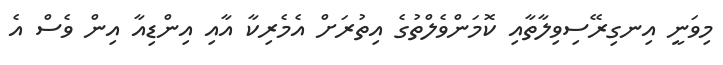
މިވަނީ އިނގިރޭސިވިލާތާއި ކޮމަންވެލްތުގެ އިތުރަށް އެމެރިކާ އާއި އިންޑިއާ އިން ވެސް އެ